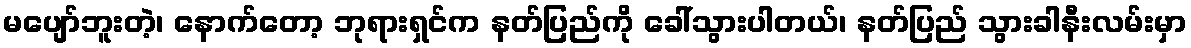
မပျော်ဘူးတဲ့၊ နောက်တော့ ဘုရားရှင်က နတ်ပြည်ကို ခေါ်သွားပါတယ်၊ နတ်ပြည် သွားခါနီးလမ်းမှာ